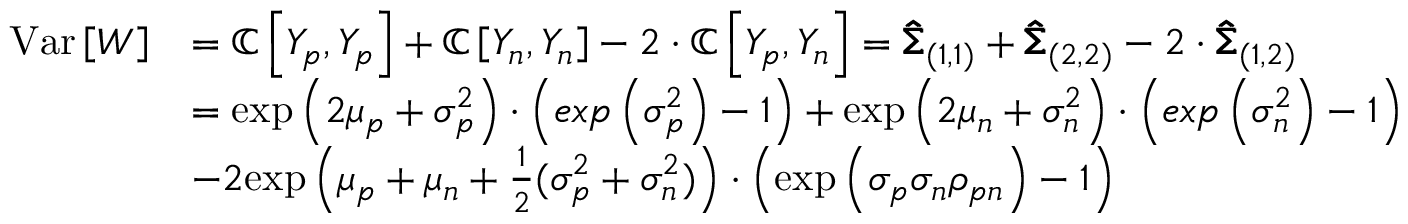
\begin{array} { r l } { \mathrm { V a r } \left[ W \right] } & { = \mathbb { C } \left[ Y _ { p } , Y _ { p } \right] + \mathbb { C } \left[ Y _ { n } , Y _ { n } \right] - 2 \cdot \mathbb { C } \left[ Y _ { p } , Y _ { n } \right] = \pmb { \hat { \Sigma } } _ { ( 1 , 1 ) } + \pmb { \hat { \Sigma } } _ { ( 2 , 2 ) } - 2 \cdot \pmb { \hat { \Sigma } } _ { ( 1 , 2 ) } } \\ & { = \mathrm { e x p } \left( 2 \mu _ { p } + \sigma _ { p } ^ { 2 } \right) \cdot \left( e x p \left( \sigma _ { p } ^ { 2 } \right) - 1 \right) + \mathrm { e x p } \left( 2 \mu _ { n } + \sigma _ { n } ^ { 2 } \right) \cdot \left( e x p \left( \sigma _ { n } ^ { 2 } \right) - 1 \right) } \\ & { - 2 \mathrm { e x p } \left( \mu _ { p } + \mu _ { n } + \frac { 1 } { 2 } ( \sigma _ { p } ^ { 2 } + \sigma _ { n } ^ { 2 } ) \right) \cdot \left( \mathrm { e x p } \left( \sigma _ { p } \sigma _ { n } \rho _ { p n } \right) - 1 \right) } \end{array}